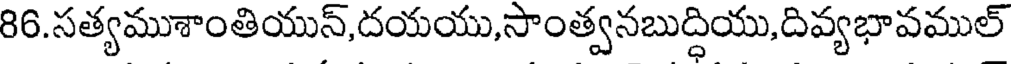
86.సత్యముశాంతియున్,దయయు,సాంత్వనబుద్ధియు,దివ్యభావముల్